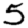
Digit: 5